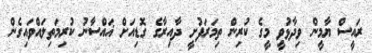
ރައީސް ޔާމީން ވިދާޅުވީ މީގެ ކުރިން ތިމަރަފުށީ ދާއިރާގެ ގޮޑިއަށް ޣައްސާނު ކުރިމަތިލައްވައިގެން